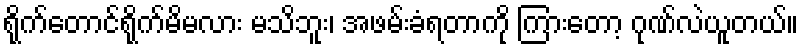
ရိုက်တောင်ရိုက်မိမလား မသိဘူး၊ အဖမ်းခံရတာကို ကြားတော့ ဂုဏ်လဲယူတယ်။